General report no. 6 on the lunatic asylums, vaccination and dispensaries in the Bengal Presidency, 1873 -
Year: 1873
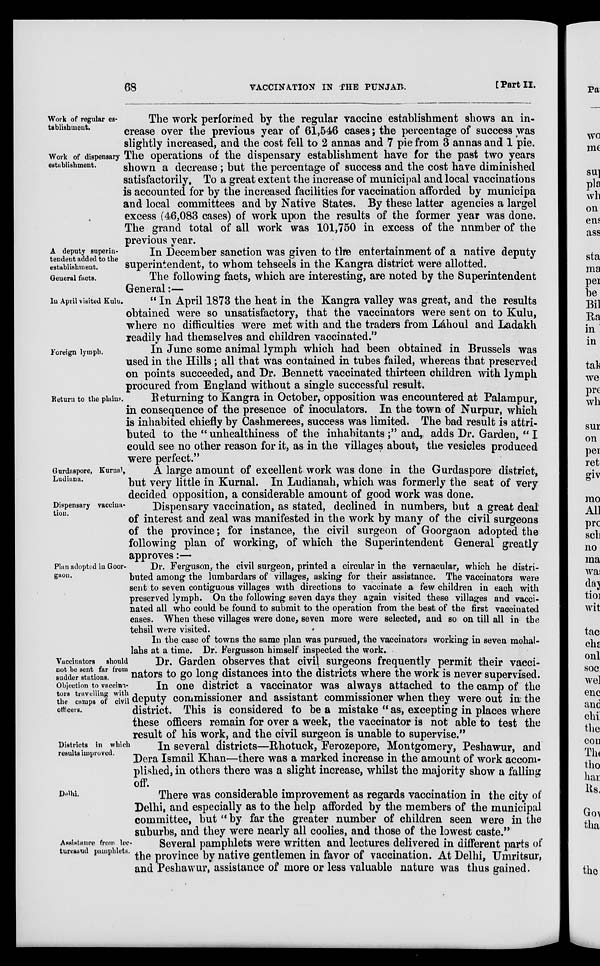
68
VACCINATION IN THE PUNJAB.
[Part II.
Work of regular es-
tablishment.
Work of dispensary
establishment.
The work performed by the regular vaccine establishment shows an in-
crease over the previous year of 61,546 cases; the percentage of success was
slightly increased, and the cost fell to 2 annas and 7 pie from 3 annas and 1 pie.
The operations of the dispensary establishment have for the past two years
shown a decrease ; but the percentage of success and the cost have diminished
satisfactorily. To a great extent the increase of municipal and local vaccinations
is accounted for by the increased facilities for vaccination afforded by municipa
and local committees and by Native States. By these latter agencies a largel
excess (46,083 cases) of work upon the results of the former year was done.
The grand total of all work was 101,750 in excess of the number of the
previous year.
A deputy superin-
tendent added to the
establishment.
General facts.
In December sanction was given to the entertainment of a native deputy
superintendent, to whom tehseels in the Kangra district were allotted.
The following facts, which are interesting, are noted by the Superintendent
In April visited Kulu.
General:—
" In April 1873 the heat in the Kangra valley was great, and the results
obtained were so unsatisfactory, that the vaccinators were sent on to Kulu,
where no difficulties were met with and the traders from Láhoul and Ladakh
readily had themselves and children vaccinated."
Foreign lymph.
In June some animal lymph which had been obtained in Brussels was
used in the Hills; all that was contained in tubes failed, whereas that preserved
on points succeeded, and Dr. Bennett vaccinated thirteen children with lymph
procured from England without a single successful result.
Return to the plain
Returning to Kangra in October, opposition was encountered at Palampur,
in consequence of the presence of inoculators. In the town of Nurpur, which
is inhabited chiefly by Cashmerees, success was limited. The bad result is attri-
buted to the " unhealthiness of the inhabitants ;" and, adds Dr. Garden, " I
could see no other reason for it, as in the villages about, the vesicles produced
were perfect."
Gurdaspore, Kurnal,
Ludiana.
A large amount of excellent work was done in the Gurdaspore district,
but very little in Kurnal. In Ludianah, which was formerly the seat of very
decided opposition, a considerable amount of good work was done.
Dispensary vaccina-
tion.
Dispensary vaccination, as stated, declined in numbers, but a great deal
of interest and zeal was manifested in the work by many of the civil surgeons
of the province; for instance, the civil surgeon of Goorgaon adopted the
following plan of working, of which the Superintendent General greatly
approves:—
Plan adopted in Goor-
gaon.
Dr. Ferguson, the civil surgeon, printed a circular in the vernacular, which he distri-
buted among the lumbardars of villages, asking for their assistance. The vaccinators were
sent to seven contiguous villages with directions to vaccinate a few children in each with
preserved lymph. On the following seven days they again visited these villages and vacci-
nated all who could be found to submit to the operation from the best of the first vaccinated
cases. When these villages were done, seven more were selected, and so on till all in the
tehsil were visited.
Vuccinators should
not be sent far from
sudder stations.
Objection to vaccina-
tors travelling with
the camps of civil
officers.
In the case of towns the same plan was pursued, the vaccinators working in seven mohal-
lahs at a time. Dr. Fergusson himself inspected the work.
Dr. Garden observes that civil surgeons frequently permit their vacci-
nators to go long distances into the districts where the work is never supervised.
In one district a vaccinator was always attached to the camp of the
deputy commissioner and assistant commissioner when they were out in the
district. This is considered to be a mistake " as, excepting in places where
these officers remain for over a week, the vaccinator is not able to test the
result of his work, and the civil surgeon is unable to supervise."
Districts in which
results improved.
In several districts—Rhotuck, Ferozepore, Montgomery, Peshawur, and
Dera Ismail Khan—there was a marked increase in the amount of work accom-
plished, in others there was a slight increase, whilst the majority show a falling
off.
Delhi.
There was considerable improvement as regards vaccination in the city of
Delhi, and especially as to the help afforded by the members of the municipal
committee, but " by far the greater number of children seen were in the
suburbs, and they were nearly all coolies, and those of the lowest caste."
Assistance from lec¬
tures and pamphlets.
Several pamphlets were written and lectures delivered in different parts of
the province by native gentlemen in favor of vaccination. At Delhi, Umritsur,
and Peshawur, assistance of more or less valuable nature was thus gained.